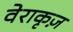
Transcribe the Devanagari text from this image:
वेराकृज़